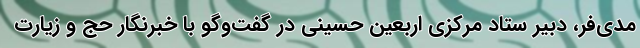
مدی‌فر، دبیر ستاد مرکزی اربعین حسینی در گفت‌وگو با خبرنگار حج و زیارت